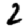
Digit: 2